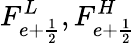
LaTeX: F_{e+\frac{1}{2}}^{L},F_{e+\frac{1}{2}}^{H}